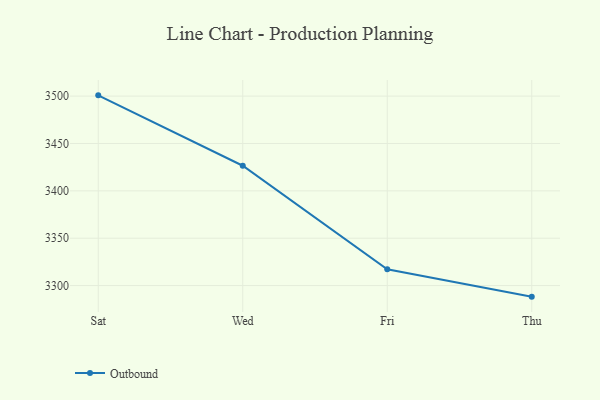
{"axis": {"x": "Day", "y": "Market Share (%)"}, "legend": ["Outbound"], "data": [{"x": "Sat", "y": 3500.8, "type": "Outbound"}, {"x": "Wed", "y": 3426.5, "type": "Outbound"}, {"x": "Fri", "y": 3317.2, "type": "Outbound"}, {"x": "Thu", "y": 3288.3, "type": "Outbound"}]}